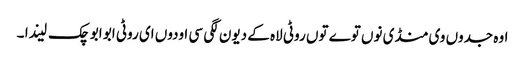
اوہ جدوں وی منڈی نوں توے توں روٹی لاہ کے دیون لگی سی اودوں ای روٹی ابو ابو چک لیندا ۔